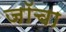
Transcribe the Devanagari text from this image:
जॉचा